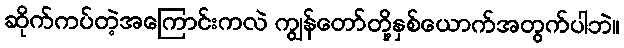
ဆိုက်ကပ်တဲ့အကြောင်းကလဲ ကျွန်တော်တို့နှစ်ယောက်အတွက်ပါဘဲ။